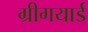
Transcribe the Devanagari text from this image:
ग्रीगयार्ड